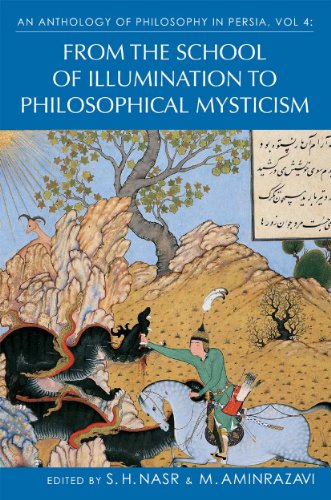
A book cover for An Anthology of Philosophy in Persia, Vol IV: From the School of Illumination to Philosophical Mysticism; Seyyed Hossein Nasr; History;